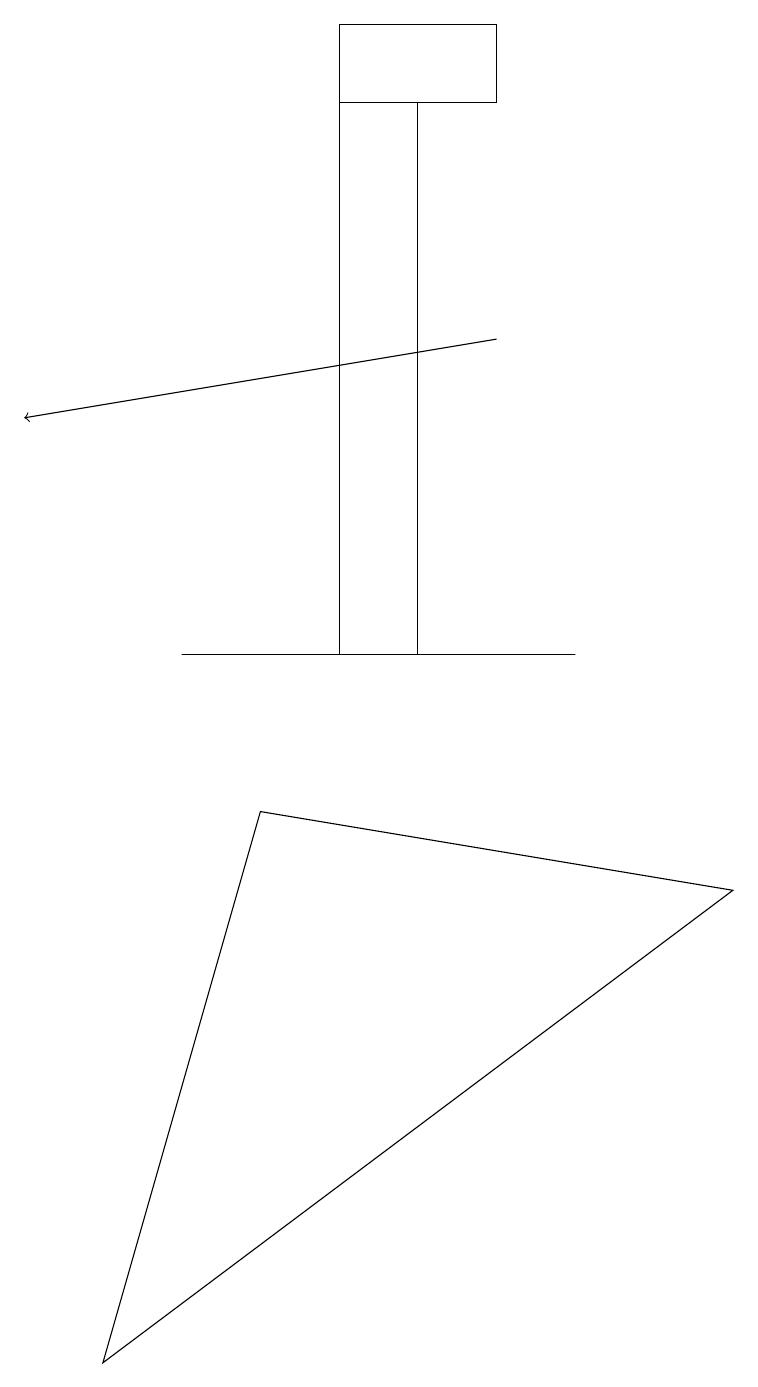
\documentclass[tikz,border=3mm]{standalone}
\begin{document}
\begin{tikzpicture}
\draw (1,2) -- (3,9) -- (9,8) -- cycle;
\draw (2,11) rectangle (7,11);
\draw (5,11) rectangle (4,18);
\draw (6,18) rectangle (4,19);
\draw[->] (6,15) -- (0,14);
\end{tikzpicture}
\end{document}